Vital statistics of India. Vol. V, Reports of 1876 on armies & jails and on epidemic cholera
Year: 1876
Disease focus: Cholera
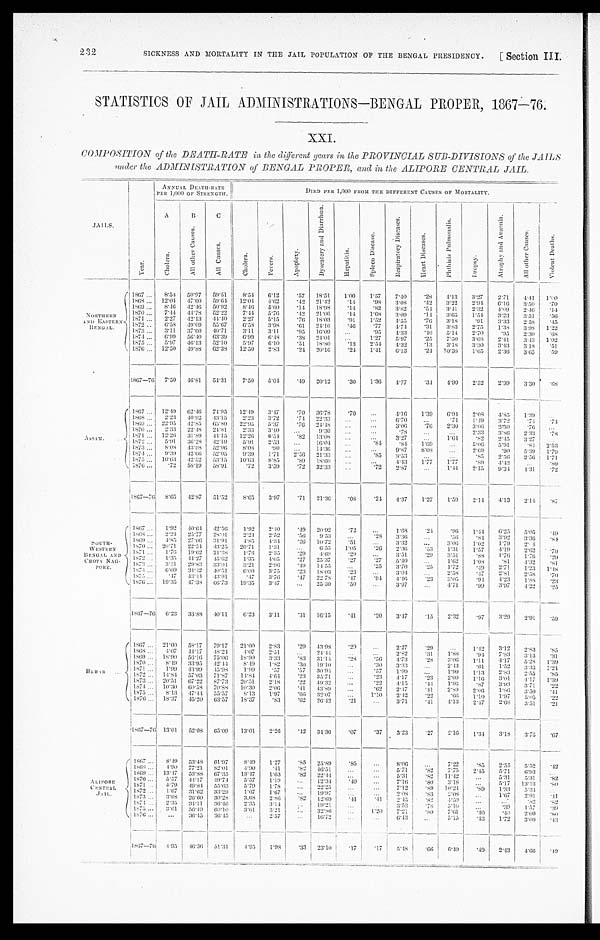
2 32
SICKNESS AND MORTALITY IN THE JAIL POPULATION OF THE BENGAL PRESIDENCY.
[ section III.
STATISTICS OF JAIL ADMINISTRATIONS—BENGAL PROPER, 1867—76.
XXI,
COMPOSITION of the DEATH-RATE in the different years in the PROVINCIAL SUB-DIVISIONS of the JAILS
under the ADMINISTRATION of BENGAL PROPER, and in the ALIPORE CENTRAL JAIL.
J A I L S .
ANNUAL DEATH-RATE
PER 1,000 OF STRENGTH.
DIED PER 1,000 FROM THE DIFFERENT CAUSES OF MORTALITY.
Y e a r .
A C h l o e r a .
B A l l o t h e r C a u s e s .
C
A l l C a u s e s .
C h l o e r a .
F e v e r s .
A p o p l e x y .
D y s e n t e r y a n d D i a r r h œ a .
H e p a t i t i s .
S p l e e n D i s e a s e .
R e s p i r a t o r y D i s e a s e s .
H e a r t D i s e a s e s .
P h t h i s i s P u l m o n a l i s .
D r o p s y .
A t r o p h y a n d A n æ m i a .
A l l o t h e r C a u s e s .
V i o l e n t D e a t h s .
N O R T H E R N A N D E A S T E R N B E N G A L .
,
1867
8.54 50.97 59.51
8.54
6.12
.57 18.51
1.00
1.57
7.40
.28
4.13
3.27
2.71
4 . 4 1 1.00
1868 12.04 47.60 59.64. 12.04
4.62
. 4 2 21.42
. 1 4
. 9 8 3.08
.42
3.22
2.94
6 . 1 6 3.50
. 7 0
1869
8.46 42.46 50.92
8. 46 5.60
.14 18.98
. 1 4
. 8 2 3.82
. 5 4
3. 41
2.32
4.09
2.46
. 1 4
1870
7.44 44.78 52.22
7. 44 5.76
. 4 2 21.06
. 1 4 1.68
3.09
. 1 4
3.65
1.54
3.23
3.51
. 5 6
1871
2.27 42.13 44.40
2.27
5.15
. 7 6 18.03
. 9 1 1.52
4 . 5 5
. 7 6
3.18
.91
3.33
2.58
. 4 5
1 8 7 2
6 . 5 8 49.09 55.67 6.58 3.98
. 6 1
2 4 . 1 6
. 4 6
. 7 7
4 . 7 4
. 3 1
3.83
2.75
1.38
3.98 1.22
1873
3.11 37.60 40.71I 3.11
3.11
.95 16.09
...
. 9 5 4.33
.40
5.14
2.70
. 9 5 2.30
. 6 8
1874 6.99 56.40 63.39
6. 99 6.48
. 3 8 24.01
...
1 . 2 7 5.97
.25
7.50
3.68
2.41
3.43 1.02
1875
5.97 46.13 52.10
5.97
6.10
. 5 1 18.80
. 1 3 2.54 4.32
.13
3.18 3.30
3.43
3.18
. 5 1
1876 12.50
49. 88 62.38
12.50
2.83
.24 20.16
. 2 4 1.41
6.13
.24
10. 38 1.65
2.36 3.65
. 5 9
1867—76 7.50 46.81
54.31 7.50
5.04
.49 20.12
. 3 0 1.36
4.77
.31
4.90
2.52
2.99
3 . 3 0
. 6 8
ASSAM.
1867 12.49 62.46 74.95 12.49
3.47
. 7 0
3 6 . 7 8 .70
...
4 . 1 6
1 . 3 9 6.94 2.08
4 . 8 5
1.39
. . .
1868
2.23 40.92
43.15
2.23
3.72
. 7 4 22.33 ...
...
6 . 7 0 ...
. 7 4
1 . 4 9
3.72
.74
. 7 4
1869
22.95 42.85
65.80 22.95
5.37
. 7 6
2 4 . 4 8
. . . ...
3 . 0 6 .76
2.3U
3.06
2.30
.76
. . .
1870 2.33 22.48 24.81
2.33 3.10
. . .
9 . 3 0
...
...
. 7 8
. . .
. . . 2.33
3.86 2.33
. 7 8
1 8 7 1
1 2 . 2 6
31.89 44.45 12.26
6 . 5 4
. 8 2
1 3 . 0 8 ...
. . .
3 . 2 7
. . .
1 . 6 4
. 8 2
2 . 4 5
3 . 2 7 ...
1 8 7 2
5 . 9 1
36. 28
42.19 5.91
2 . 5 3
. . .
1 6 . 0 4 ...
. 8 4
. 8 4
1 . 6 9
. . .
5 . 0 6
5 . 9 1
. 8 4
2.53
1 8 7 3
8 . 0 8
43. 98
52.05
8. 08
. 9 0
. . .
1 4 . 3 6
...
. . .
9 . 8 7
8 . 0 8
. . .
2 . 6 9
. 9 0
5 . 3 9
1.79
1 8 7 4
9 . 3 9
42. 66
52.05
9. 39
1 . 7 1
2 . 5 6
2 1 . 3 3
. . . .85
8 . 5 3
. . .
. . .
. 8 5
2 . 5 6
2 . 5 6
1. 71
1 8 7 5
1 0 . 6 3
42. 52
53.15 10.63
8 . 8 5
. 8 9
1 8 . 6 0 ...
...
4 . 4 3
1 . 7 7
1 . 7 7
. 8 9
4 . 4 3
. . .
. 8 9
1 8 7 6
. 7 2
58. 19
58.91
. 7 2
3 . 5 9
. 7 2
3 2 . 3 3
...
. 7 2 2 . 8 7
. . .
1 . 4 4
2 . 1 5
9 . 3 4
4 . 3 1
. 7 2
1 8 6 7 — 7 6
8 . 6 5
42. 87
51.52
8. 65
3 . 9 7
. 7 1
2 1 . 3 6
. 0 8
. 2 4 4 . 3 7
1 . 2 7
1 . 5 9
2 . 1 4
4 . 1 3
2 . 1 4
. 8 7
S OUT H- WE S T E RN BE NGAL AND CHOT A NAGP ORE .
1 8 6 7
1 . 9 2
40. 64
42.56
1. 92
2 . 4 0
. 4 9
2 0 . 9 2
. 7 2
. . .
1 . 6 8
. 2 4
. 9 6
1 . 4 4
6 . 2 5
5 . 0 5
. 4 9
1 8 6 8
2 . 2 4
25. 77
28.01
2. 24
2 . 5 2
. 5 6
9 . 5 3 ...
. 2 8
3 . 3 6
. . .
. 5 6
. 8 4
3 . 9 2
3 . 3 6.84
1 8 6 9
4 . 8 5
27. 06
31.91
4. 85
4 . 3 4
. 2 6
1 0 . 7 2
. 5 1
. . . 3 . 3 2
. . .
3 . 0 6
1 . 0 2
1 . 7 9
2 . 1 4
. . .
1 8 7 0
2 0 . 7 1
22. 54
43.25
20. 71
1 . 3 1
. . .
6 . 5 5
1 . 0 5
. 2 6 2 . 3 6
. 5 3
1 . 3 1
1 . 5 7
4 . 1 9
2 . 6 2
. 7 9
1 8 7 1
1 . 7 6
19. 62
21.38
1. 76
2 . 3 5
. 2 9
4 . 6 9
. 2 9
. . . 3 . 5 1
. 2 9
3 . 5 1
. 8 8
1 . 7 6
1 . 7 6
. 2 9
1 8 7 2
1 . 3 5
44. 27
45.62
1. 35
4 . 0 5
. 2 7
2 5 . 3 7 .27
. 2 7 5 . 4 0
. . .
1 . 6 2
1 . 0 8
. 8 1
4 . 3 2
. 8 1
1 8 7 3
3 . 2 1
29. 83
33.04
3. 21
2 . 9 6
. 4 9
1 4 . 5 5
. . .
. 2 5 3 . 7 0
. 2 5
1 . 7 2
. 4 9
2 . 7 1
1 . 2 3
1 . 4 8
1 8 7 4
6 . 0 9
34. 42
40.51
6. 09
3 . 7 5
. 2 3
1 8 . 0 3
. 2 3
. . .
3 . 0 4
. . .
2 . 5 8
. 4 7
2 . 8 1
2 . 5 8
. 7 0
1 8 7 5
. 4 7
43. 44
4391
. 4 7
3 . 7 6
. 4 7
2 2 . 7 8
. 4 7
. 9 4 4 . 4 6
. 2 3
3 . 0 5
. 9 4
4 . 2 3
1 . 8 8
. 2 3
1 8 7 6
1 9 . 3 5
47. 38
66.73
19. 35
3 . 4 7
. . .
2 5 . 3 0
. 5 0
. . .
3 . 9 7
. . .
4 . 7 1
. 9 9
3 . 9 7
4 . 2 2
. 2 5
1 8 6 7 — 7 6
6 . 2 3
33. 88
40.11
6. 23
3 . 1 1
. 3 1
1 6 . 1 5
. 4 1
. 2 0 3 . 4 7
. 1 5
2 . 3 2
. 9 7
3 . 2 9
2 . 9 1
. 5 9
B E H A R
1 8 6 7
2 1 . 0 0
58. 17
79.17
21. 00
2 . 8 3
. 2 9
4 3 . 9 8
. 2 9
. . . 2 . 2 7
. 2 9
. . .
1 . 4 2
3 . 1 2
2 . 8 3
. 8 5
1 8 6 8
4 . 0 7
44. 17
48.24
4 . 0 7
2 . 5 1
. . .
2 4 . 4 4
. . .
. . . 2 . 8 2
. 3 1
1 . 8 8
. 9 4
7 . 8 3
3 . 1 3
. 3 1
1 8 6 9
1 8 . 9 0
56. 16
75.06
18. 90
3 . 3 3
. 8 3
3 1 . 1 4
. 2 8
. 5 6 4 . 7 3
. 2 8
3 . 0 6
1 . 1 1
4 . 1 7
5 . 2 8
1 . 3 9
1 8 7 0
8 . 4 9
33. 95
42.44
8 . 4 9
1 . 8 2
. 3 0
1 9 . 1 0
. . .
. 3 0 3 . 3 3
. . .
2 . 4 3
. 6 1
1 . 5 2
3 . 3 3
1 . 2 1
1 8 7 1
1 . 9 9
43. 99
45.98
1 . 9 9
. 5 7
. 5 7
3 0 . 9 4
...
. 5 7 1 . 9 9
. . .
1 . 9 9
1 . 1 3
2 . 8 3
2 . 5 5
. 8 5
1 8 7 2
1 4 . 8 4
57. 03
71.87
14. 84
4 . 6 4
. 2 3
3 5 . 7 1 ...
. 2 3 4 . 1 7
. 2 3
2 . 0 9
1 . 1 6
3 . 0 1
4 . 1 7
1 . 3 9
1 8 7 3
2 0 . 5 1
67. 22
87.73
20. 51
2 . 1 8
. 2 2
4 9 . 3 2
. . .
. 2 2 4 . 1 5
. 4 4
1 . 9 6
. 8 7
3 . 9 3
3 . 7 1
. 2 2
1 8 7 4
1 0 . 3 0
60. 58
70.88
10. 30
2 . 0 6
. 4 1
4 3 . 8 9
. . .
. 6 2 2 . 4 7
. 4 1
2 . 8 9
2 . 0 6
1 . 8 6
3 . 5 0
. 4 1
1 8 7 5
8 . 1 3
47. 44
55.57
8 . 1 3
1 . 9 7
. 6 6
3 2 . 0 7
. . .
1 . 1 0
2 . 4 2
. 2 2
. 6 6
1 . 1 0
1 . 9 7
5 . 0 5
. 2 2
1 8 7 6
1 8 . 3 7
45. 20
63.57
18. 37
. 8 3
. 6 2
2 6 . 4 2
. 2 1 . . .
3 . 7 1
. 4 1
4 . 1 3
2 . 4 7
2 . 6 8
3 . 5 1
. 2 1
1 8 6 7 — 7 6
1 3 . 0 1
5 2 . 0 8
6 5 . 0 9
13. 01
2 . 2 6
. 4 2
3 4 . 3 6
. 0 7
. 3 7 3 . 2 3
. 2 7
2 . 1 6
1 . 3 4
3 . 1 8
3 . 7 5
. 6 7
A L I P O R E C E N T R A L J A I L .
1 8 6 7
8 . 4 9
5 3 . 4 8
6 1 . 9 7
8 . 4 9
1 . 2 7
. 8 5
2 5 . 8 9
. 8 5
. . . 8 . 0 6
. . .
7 . 2 2
. 8 5
2 . 5 5
5 . 5 2
. 4 2
1 8 6 8
4 . 9 0
7 7 . 2 1
8 2 . 0 1
4 . 9 0
. 4 1
. 8 2
4 6 . 5 1
. . .
. . . 5 . 7 1
. 8 2
7 . 7 5
2 . 4 5
5 . 7 1
6 . 9 3
. . .
1 8 6 9
1 3 . 4 7
5 3 . 8 8
6 7 . 3 5
13. 47
1 . 6 3
. 8 2
2 2 . 4 4
. . .
. . . 5 . 3 1
. 8 2
1 1 . 4 2
. . .
5 . 3 1
5 . 3 1
. 8 2
1 8 7 0
5 . 5 7
4 4 . 1 7
4 9 . 7 4
5 . 5 7
1 . 1 9
. . .
1 2 . 3 4
. 4 0
. . .
7 . 1 6
. 8 0
3 . 1 8
. . .
5 . 1 7
1 3 . 1 3
. 8 0
1 8 7 1
5 . 7 9
4 9 . 8 4
5 5 . 6 3
5 . 7 9
1 . 7 8
. . .
2 2 . 2 5
. . .
. . . 7 . 1 2
. 8 9
1 0 . 2 4
. 8 9
1 . 3 3
5 . 3 4
. . .
1 8 7 2
1 . 6 7
3 1 . 6 2
3 3 . 2 9
1 . 6 7
1 . 6 7
. . .
1 9 . 9 7
. . . . . .
2 . 0 8
. 8 3
2 . 0 8
. . .
1 . 6 7
2 . 9 1
. 4 1
1 8 7 3
3 . 6 8
2 6 . 6 0
3 0 . 2 8
3 . 6 8
2 . 8 6
. 8 2
1 2 . 6 9
. 4 1
. 4 1 2 . 4 5
. 8 2
4 . 5 0
. . .
. 3 9
1 . 5 7
. 3 9
1 8 7 4
2 . 3 5
3 4 . 1 1
3 6 . 4 6
2 . 3 5
3 . 1 4
. . .
1 9 . 2 1
. . .
. . . 3 . 5 3
. 7 8
5 . 1 0
. . .
. 3 9
1 . 5 7
. 3 9
1 8 7 5
3 . 6 1
5 6 . 4 9
6 0 . 1 0
3 . 6 1
3 . 2 1
. . .
3 2 . 8 6
. . .
1 . 2 0
7 . 2 1
. 8 0
7 . 6 1
. 4 0
. 4 0
2 . 0 0
. 8 0
1 8 7 6
. . .
3 6 . 4 5
3 6 . 4 5
. . .
2 . 5 7
. . .
1 6 . 7 2
. . .
. . . 6 . 4 3
. . .
5 . 1 5
. 4 3
1 . 7 2
3 . 0 0
. 4 3
1 8 6 7 — 7 6
4 . 9 5
4 6 . 3 6
5 1 . 3 1
4. 95
1 . 9 8
. 3 3
2 3 . 1 0
. 1 7
. 1 7 5 . 4 8
. 6 6
6 . 4 0
. 4 9
2 . 4 3
4 . 6 6
. 4 9